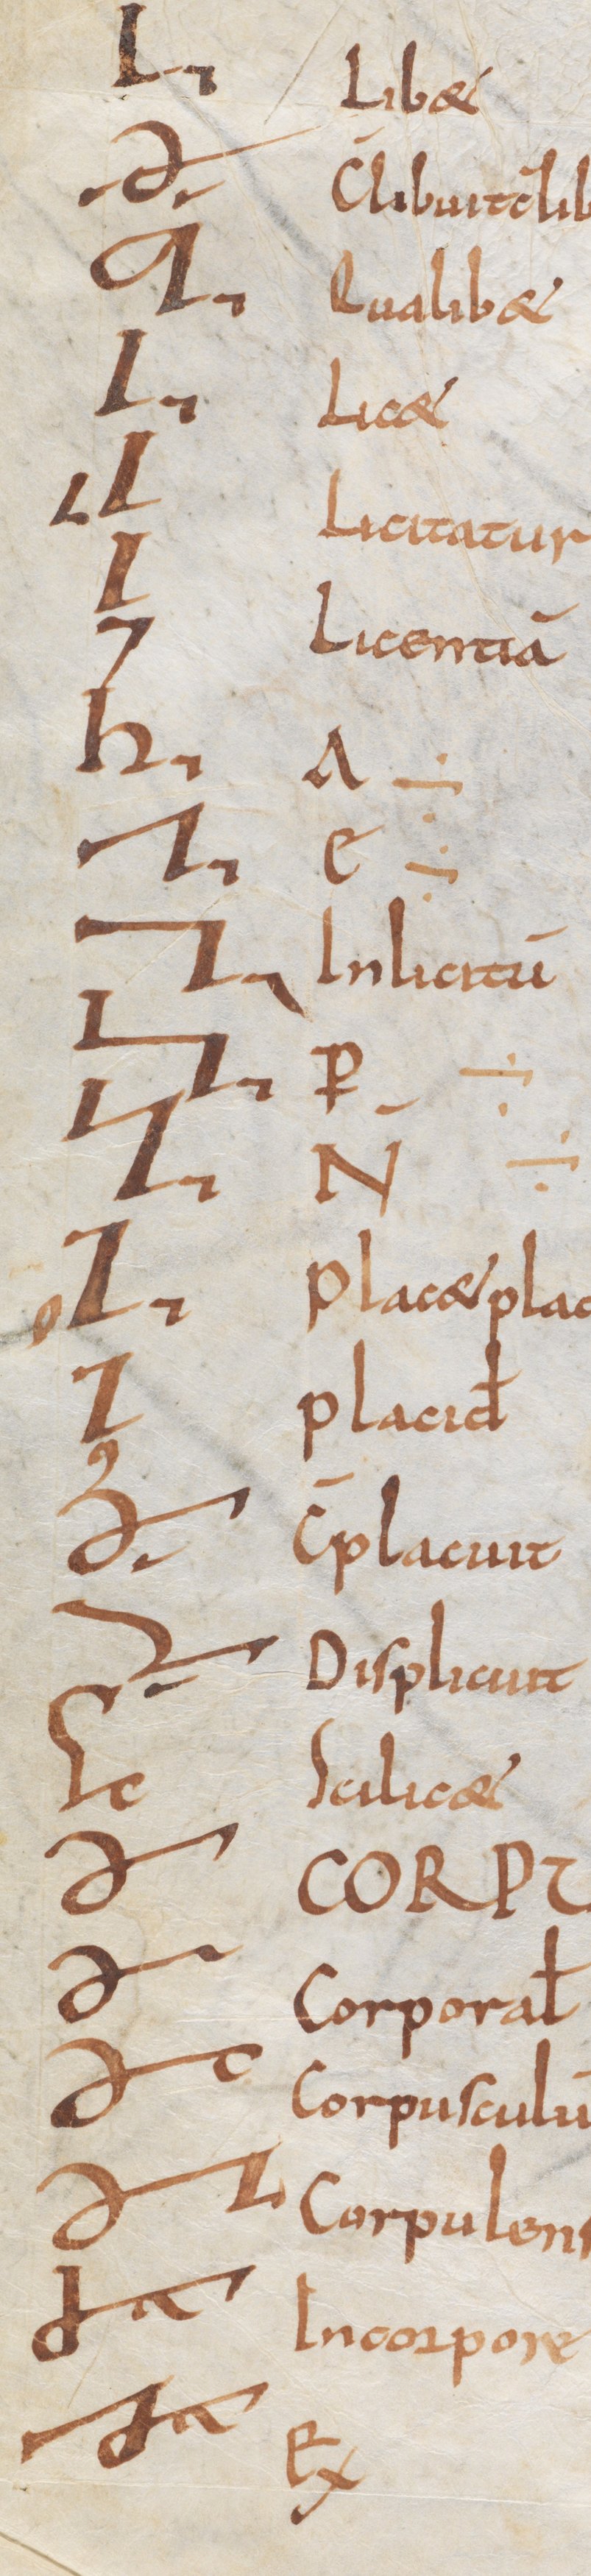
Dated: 800–899